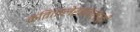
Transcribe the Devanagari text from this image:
कवितालेखनालाही